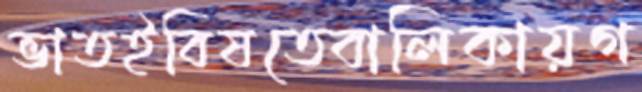
ভাতইবিষতেবালিকায়গ